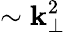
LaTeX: \sim\mathbf{k}_{\perp}^{2}